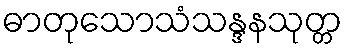
ဓာတုသောသံသန္ဒနသုတ္တ